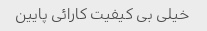
خیلی بی کیفیت کارائی پایین